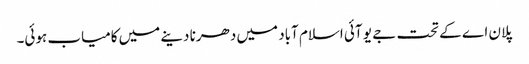
پلان اے کے تحت جے یو آئی اسلام آباد میں دھرنا دینے میں کامیاب ہوئی۔